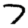
Digit: 7